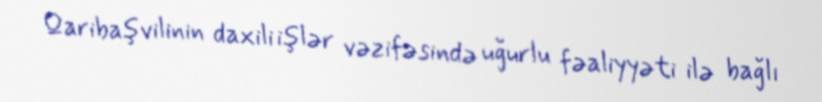
Qaribaşvilinin daxili işlər vəzifəsində uğurlu fəaliyyəti ilə bağlı